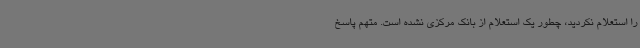
را استعلام نکردید، چطور یک استعلام از بانک مرکزی نشده است. متهم پاسخ